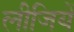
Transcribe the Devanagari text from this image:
लीजियें